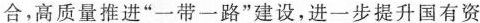
合，高质量推进”一带一路”建设，进一步提升国有资